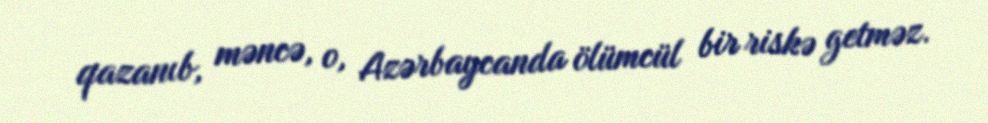
qazanıb, məncə, o, Azərbaycanda ölümcül bir riskə getməz.